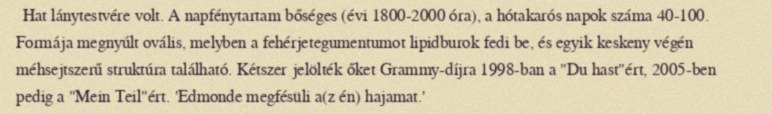
Hat lánytestvére volt. A napfénytartam bőséges (évi 1800-2000 óra), a hótakarós napok száma 40-100. Formája megnyúlt ovális, melyben a fehérjetegumentumot lipidburok fedi be, és egyik keskeny végén méhsejtszerű struktúra található. Kétszer jelölték őket Grammy-díjra 1998-ban a "Du hast"ért, 2005-ben pedig a "Mein Teil"ért. 'Edmonde megfésüli a(z én) hajamat.'